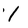
Character: 1